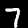
Digit: 7